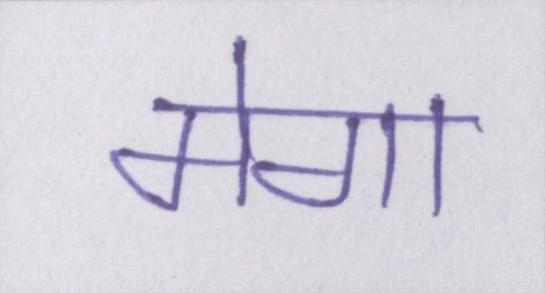
मेगा